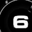
Digit: 6